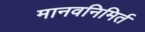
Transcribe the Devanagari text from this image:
मानवनिमिर्त